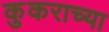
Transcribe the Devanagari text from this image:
कुकराच्या